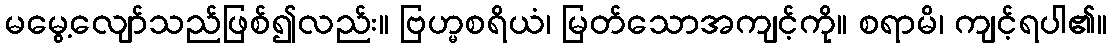
မမွေ့လျော်သည်ဖြစ်၍လည်း။ ဗြဟ္မစရိယံ၊ မြတ်သောအကျင့်ကို။ စရာမိ၊ ကျင့်ရပါ၏။